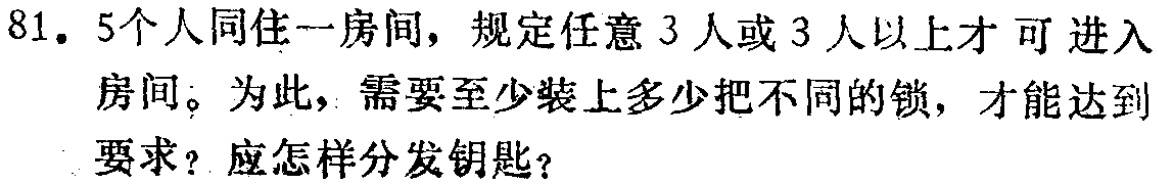
81. 5个人同住一房间，规定任意3人或3人以上才可进入房间。为此，需要至少装上多少把不同的锁，才能达到要求？应怎样分发钥匙？